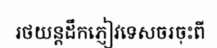
រថយន្តដឹកភ្ញៀវទេសចរចុះពី